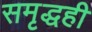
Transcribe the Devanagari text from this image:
समृद्धही